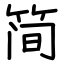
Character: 简